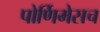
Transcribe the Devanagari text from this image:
पोर्णिमेसच